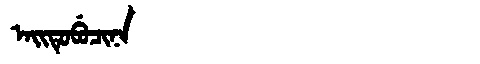
Manchu: ᠠᡳᡨᡠᠪᡠᠴᡳᠨᠠ
Romanization: AITUBUCINA